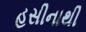
હસીનાથી